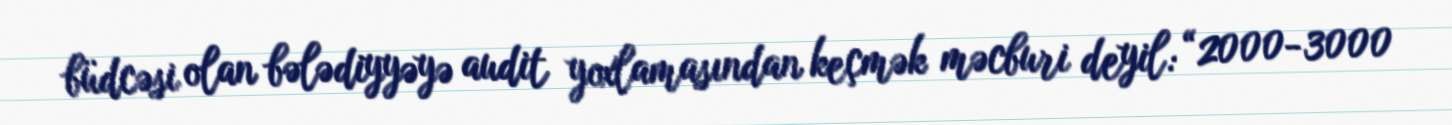
büdcəsi olan bələdiyyəyə audit yoxlamasından keçmək məcburi deyil: “2000-3000